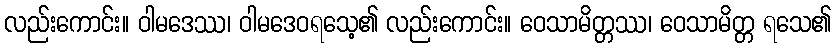
လည်းကောင်း။ ဝါမဒေဿ၊ ဝါမဒေဝရသေ့၏ လည်းကောင်း။ ဝေသာမိတ္တဿ၊ ဝေသာမိတ္တ ရသေ၏